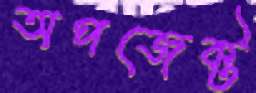
অপজেক্ট